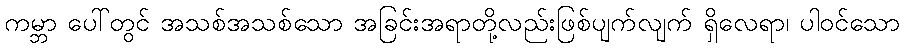
ကမ္ဘာ ပေါ်တွင် အသစ်အသစ်သော အခြင်းအရာတို့လည်းဖြစ်ပျက်လျက် ရှိလေရာ၊ ပါဝင်သော